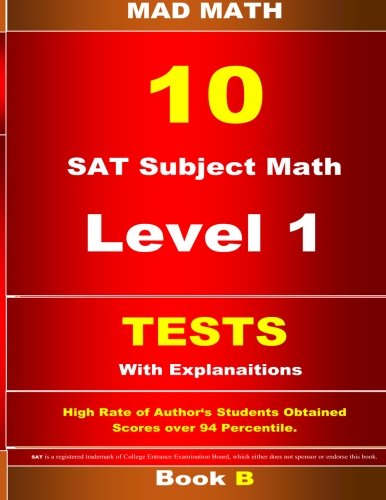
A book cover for SAT Subject Math Level 1 Tests 10  Book B (Mad Math); John Su; Test Preparation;